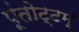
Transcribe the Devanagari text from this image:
पूंतोट्टम्